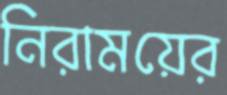
নিরাময়ের